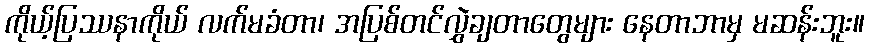
ကိုယ့်ပြဿနာကိုယ် လက်မခံတာ၊ အပြစ်တင်လွှဲချတာတွေများ နေတာဘာမှ မဆန်းဘူး။